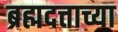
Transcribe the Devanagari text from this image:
ब्रह्मदत्ताच्या